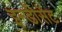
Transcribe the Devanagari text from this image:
इन्डीसेंट